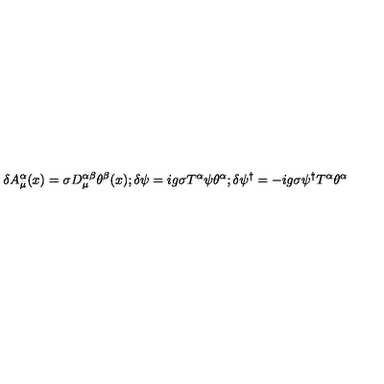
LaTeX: \delta A _ { \mu } ^ { \alpha } ( x ) = \sigma D _ { \mu } ^ { \alpha \beta } \theta ^ { \beta } ( x ) ; \delta \psi = i g \sigma T ^ { \alpha } \psi \theta ^ { \alpha } ; \delta \psi ^ { \dagger } = - i g \sigma \psi ^ { \dagger } T ^ { \alpha } \theta ^ { \alpha }